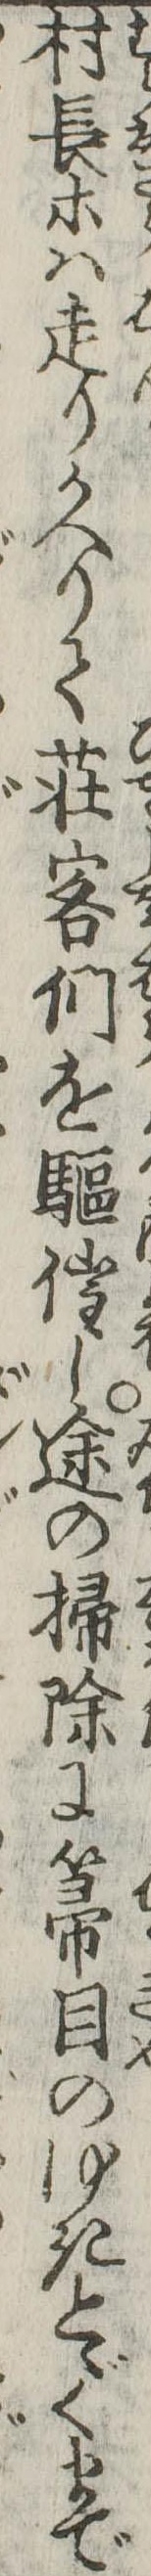
村長等は走りかへりて荘客們を駆催し途の掃除に箒目のゆきとゞくまで